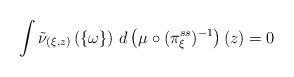
LaTeX: \begin{align*}\int \tilde{\nu} _{(\xi, z)} \left( \{ \omega \} \right) \, d \left( \mu \circ ( \pi ^{ss} _\xi ) ^{-1} \right) ( z ) = 0\end{align*}